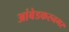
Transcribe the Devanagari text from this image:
आंबेडकरनगर